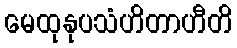
မေထုနုပသံဟိတာဟီတိ